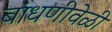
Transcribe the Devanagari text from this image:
बांधणीवेळी